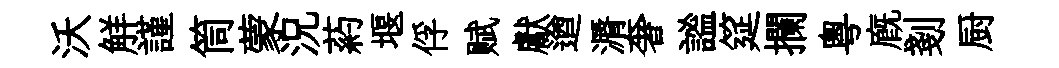
沃觧謹筒蒙況葯堰俘赋獻遒漘奢謐筵攔粤廐剗厨